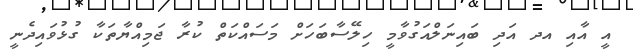
އީ އާއި އދ އަދި ބައިނަލްއަގުވާމީ ހިލޭސާބަހަށް މަސައްކަތް ކުރާ ޖަމިއްޔާތަކާ ގުޅުވައިދެނީ